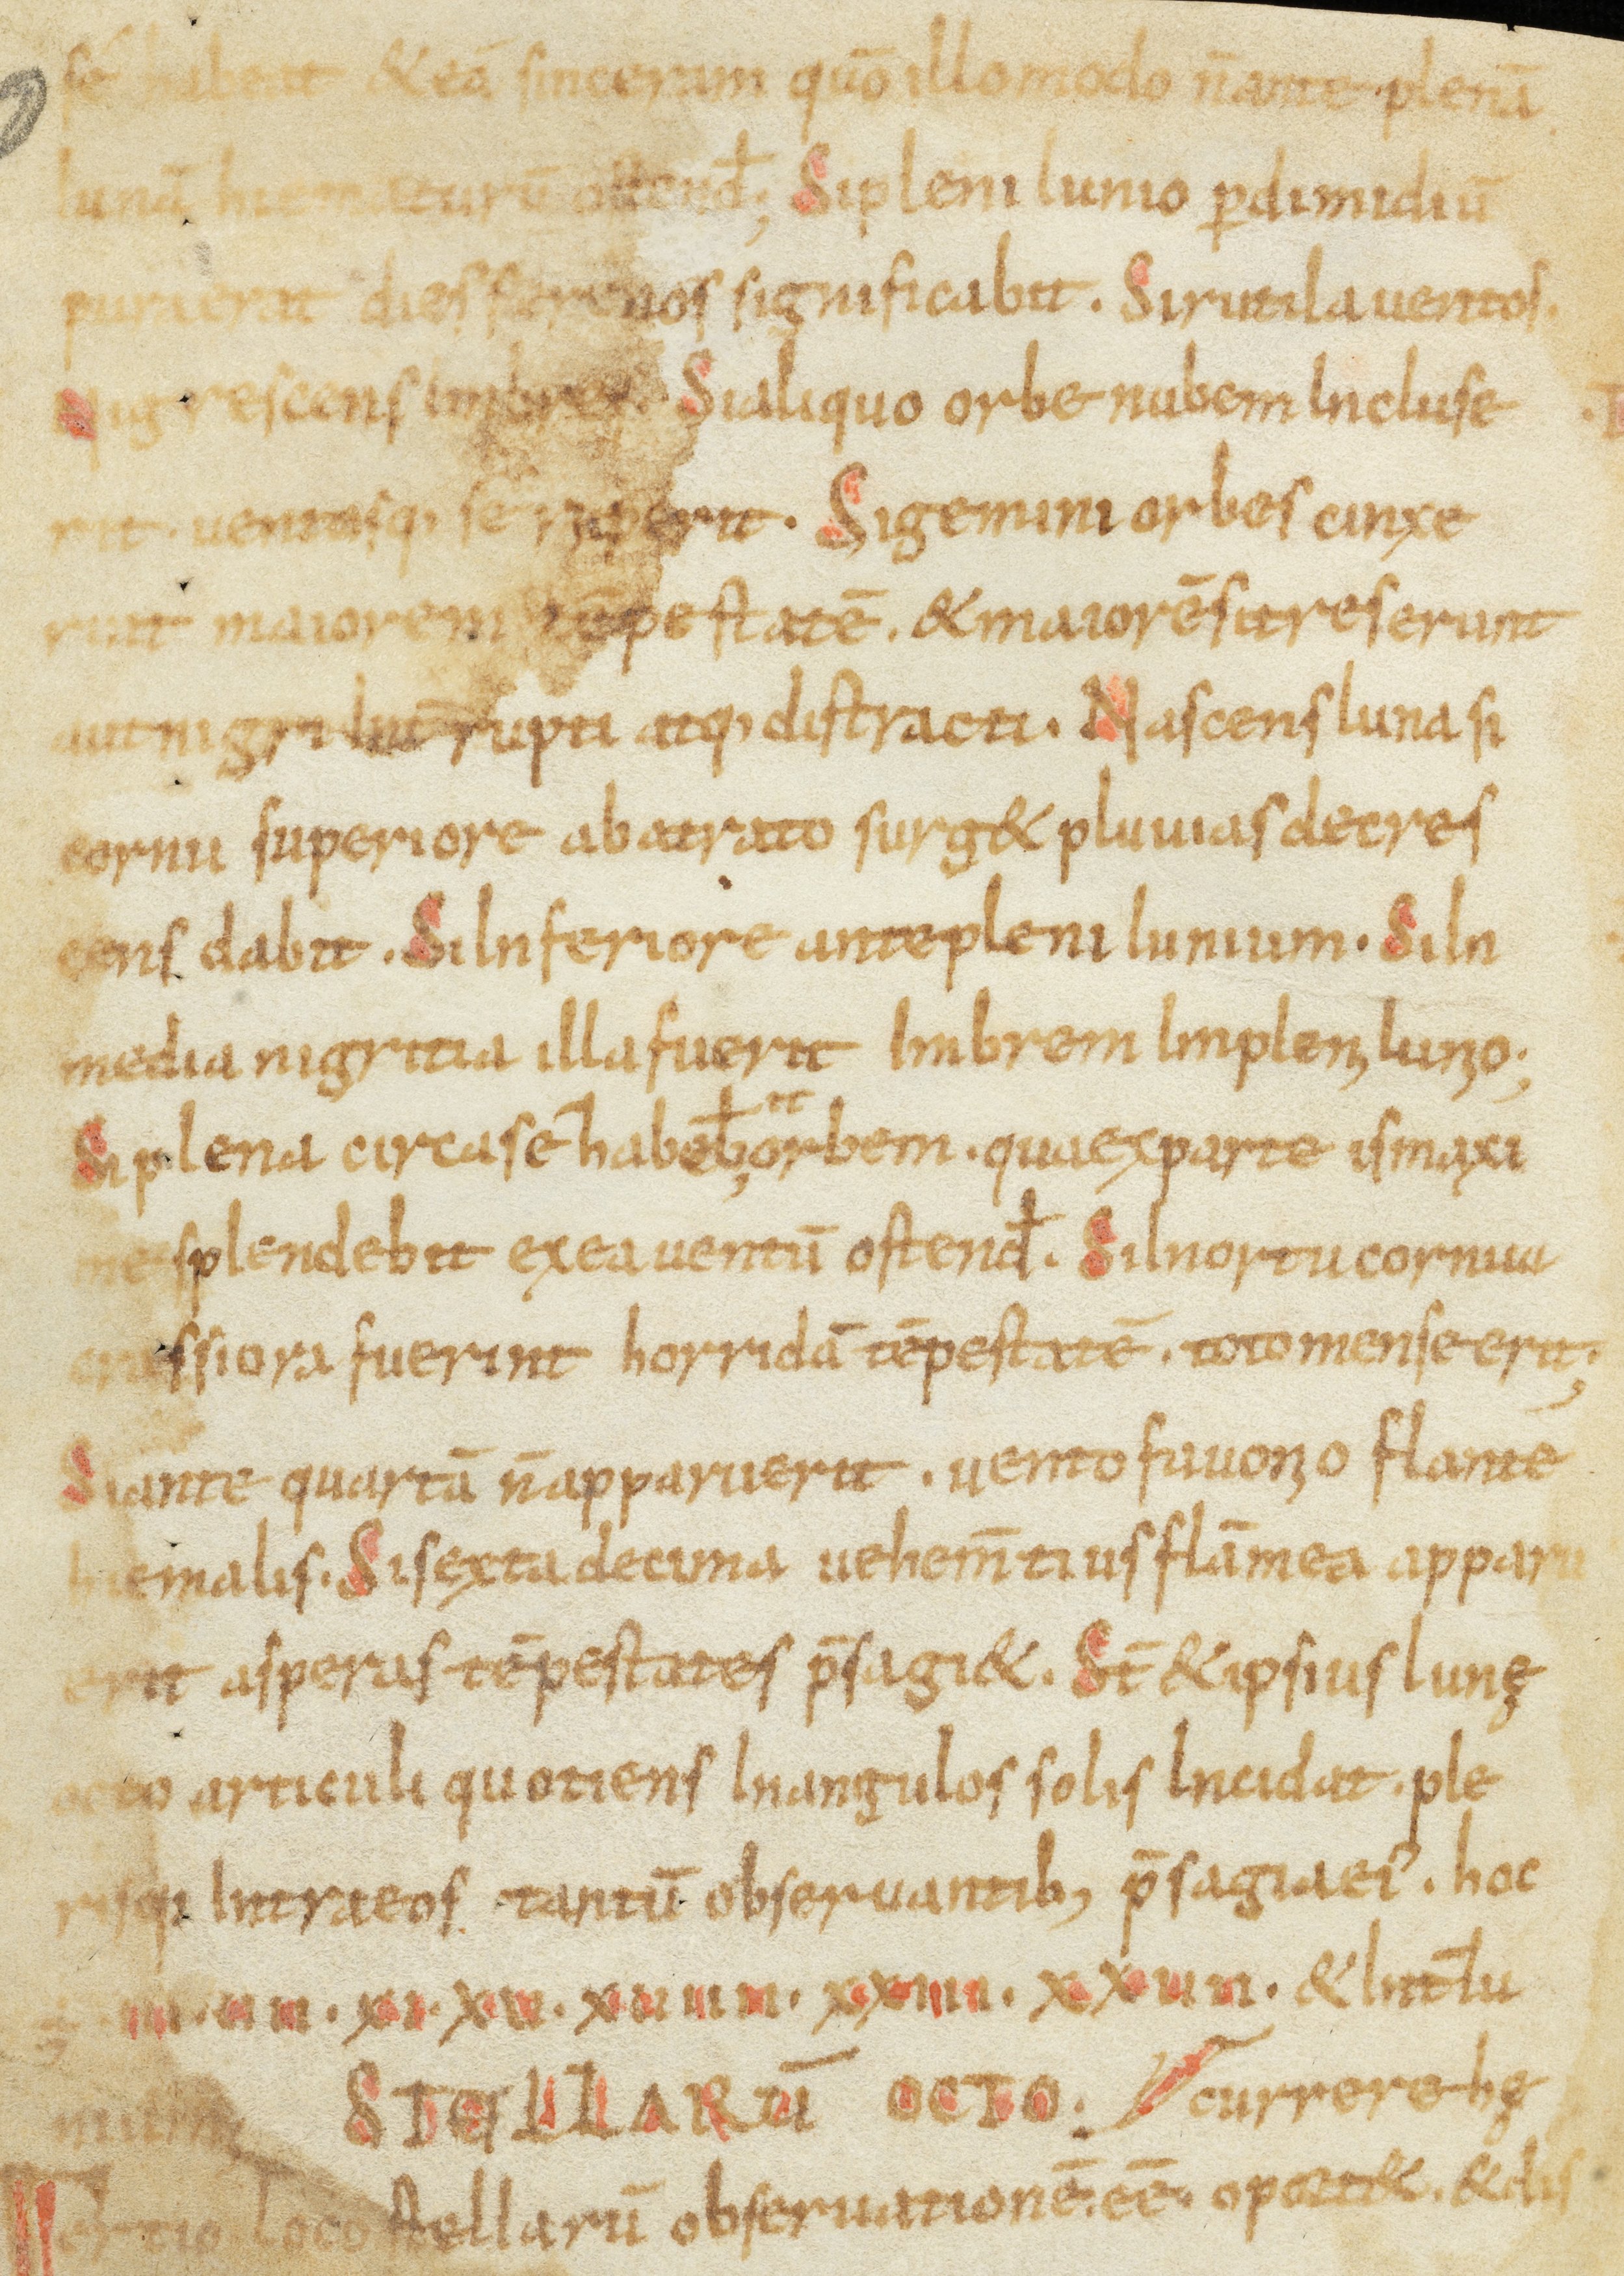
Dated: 900–1099